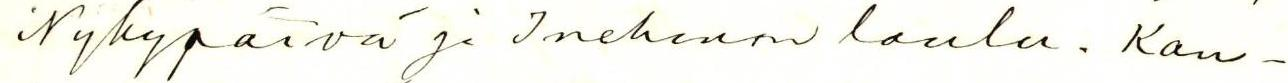
Nykypäivä ja Inehmon laulu. Kan-